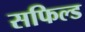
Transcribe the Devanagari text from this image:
सफिल्ड